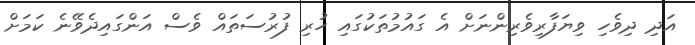
އަދި ދިވެހި ވިޔަފާރިވެރިންނަށް އެ ގައުމުތަކުގައި ހުރި ފުރުސަތައް ވެސް އަންގައިދެވޭނެ ކަމަށް